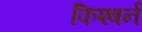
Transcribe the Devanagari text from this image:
फिश्बर्न